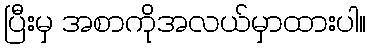
ပြီးမှ အစာကိုအလယ်မှာထားပါ။